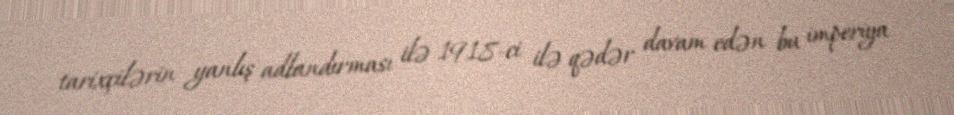
tarixçilərin yanlış adlandırması ilə 1918-ci ilə qədər davam edən bu imperiya